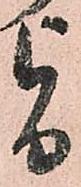
旨